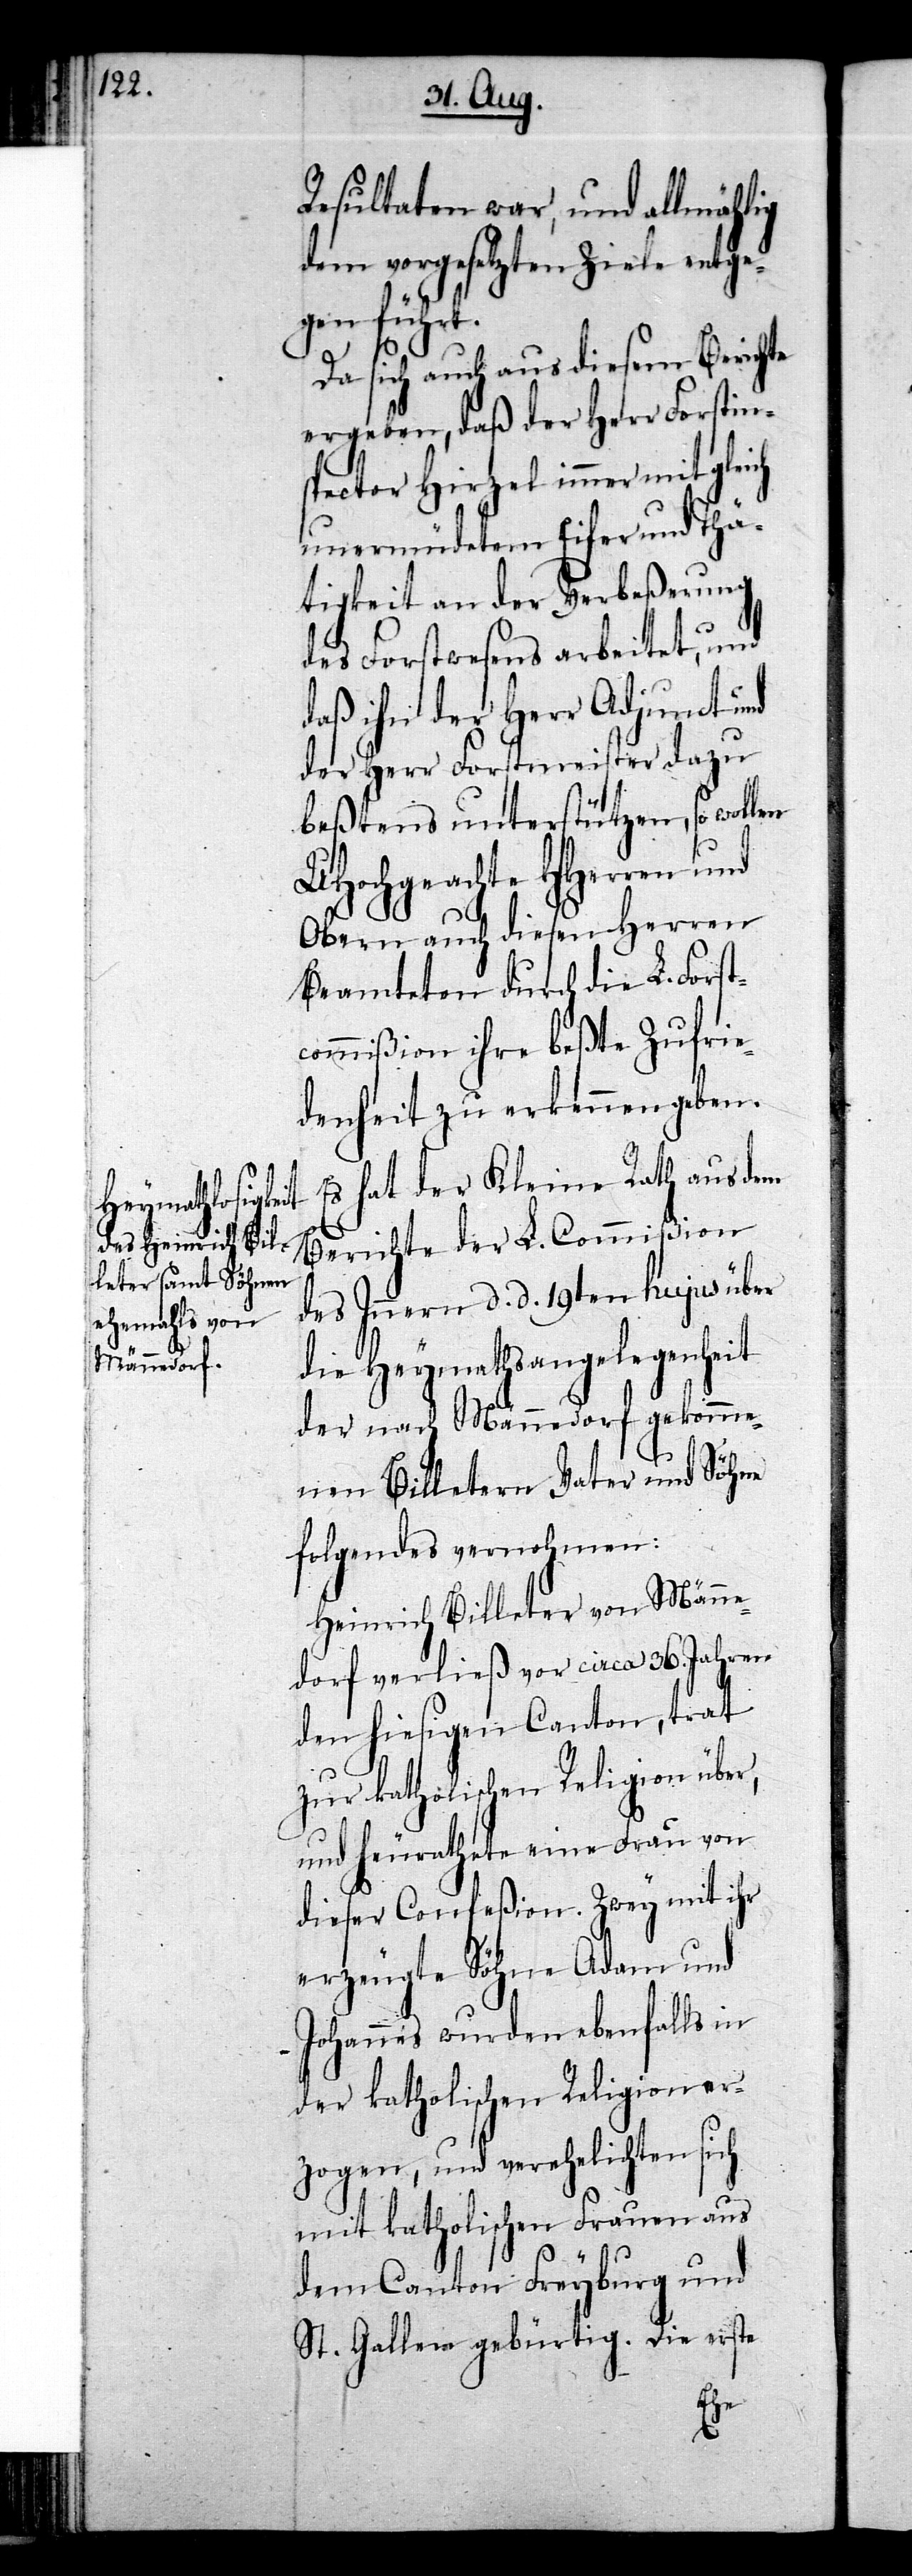
Resultaten war, und allmählig
dem vorgesetzten Ziele entge¬
gen führt.
Da sich auch aus diesem Berichte
ergeben, daß der Herr Forstin¬
spector Hirzel immer mit gleich
unermüdetem Eifer und Thä¬
tigkeit an der Verbeßerung
des Forstwesens arbeitet, und
daß ihn der Herr Adjunct und
der Herr Forstmeister dazu
beßtens unterstützen, so wollen
UHochgeachte HHerren und
Obern auch diesen Herren
Beamteten durch die L. Forst¬
commißion ihre beßte Zufrie¬
denheit zu erkennen geben.
s hat der Kleine Rath aus dem
Berichte der L. Commißion
des Innern d. d. 19ten hujus über
die Heymathsangelegenheit
der nach Männedorf gekomme¬
nen Billetern Vater und Söhne
folgendes vernohmen:
Heinrich Billeter von Männe¬
dorf verließ vor circa 36. Jahren
den hiesigen Canton, trat
zur katholischen Religion über,
und heurathete eine Frau von
dieser Confeßion. Zwey mit ihr
erzeugte Söhne Adam und
Johannes wurden ebenfalls in
der katholischen Religion er¬
zogen, und verehelichten sich
mit katholischen Frauen aus
dem Canton Freyburg und
St. Gallen gebürtig. Die erste
E¬